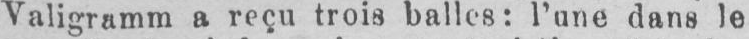
Valigramm a reçu trois balles: l’une dans le